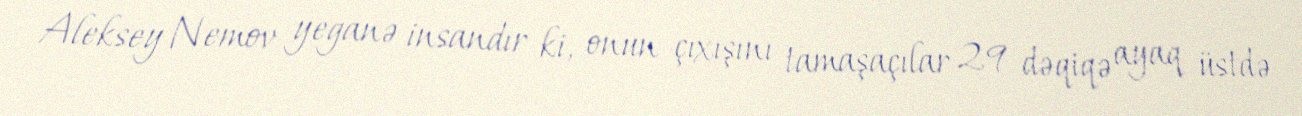
Aleksey Nemov yeganə insandır ki, onun çıxışını tamaşaçılar 29 dəqiqə ayaq üstdə